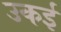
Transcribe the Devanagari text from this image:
उकई